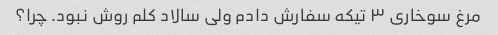
مرغ سوخاری ۳ تیکه سفارش دادم ولی سالاد کلم روش نبود. چرا؟